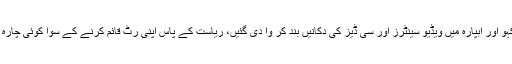
بہارہ کہو اور آبپارہ میں ویڈیو سینٹرز اور سی ڈیز کی دکانیں بند کر وا دی گئیں، ریاست کے پاس اپنی رٹ قائم کرنے کے سوا کوئی چارہ نہ رہا۔